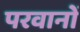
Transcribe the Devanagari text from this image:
परवानों